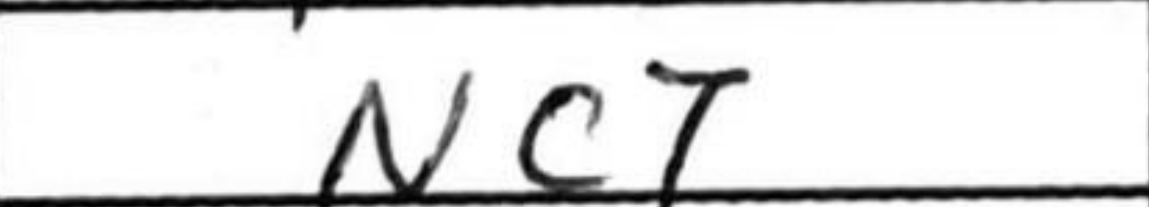
Transcription: Nc7